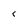
Character: r